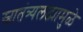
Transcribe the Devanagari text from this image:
स्वातंत्र्यलढ्यामुळे